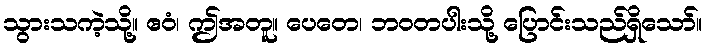
သွားသကဲ့သို့။ ဧဝံ၊ ဤအတူ။ ပေတေ၊ ဘဝတပါးသို့ ပြောင်းသည်ရှိသော်။